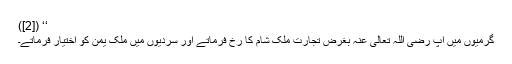
‘‘ ([2])
گرمیوں میں آپ رَضِیَ اللّٰہُ تَعَالٰی عَنْہ بغرض تجارت ملک شام کا رخ فرماتے اور سردیوں میں ملک یمن کو اختیار فرماتے۔